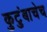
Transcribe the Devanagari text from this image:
कुटुंबाचेच